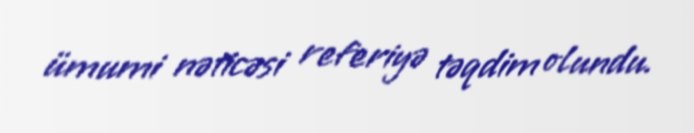
ümumi nəticəsi referiyə təqdim olundu.